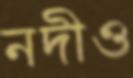
নদীও